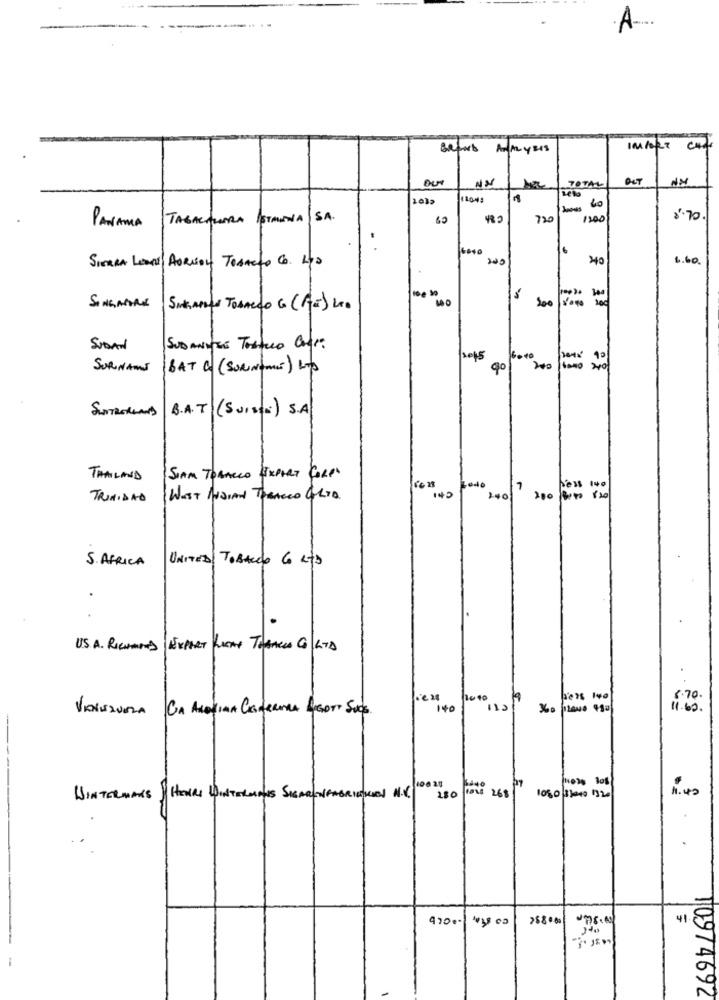
A
Bebors
ANALY BIS
OUI
DET
TOTAL
2010
60
PANAMA TABACALERA ISTMINA SA.
60
720
1200
'70
SIERRA LEONE/ AORION TOBACTO CO. LTD
20
40
6.60
200
==
SINGAPORE | SIN, And TOBACCO G (AT) LED
SUDAN
SUDANVES Tostuco Cere
2015
SURINAME
BAT C (SURNAMES) LTD
90
200
SurTRORLAND
B.A.T (SUIS) S.A
THAILAND
SIAM TOBACCO EXPERT COLD"
Ledo
7
less
TRINIDAD
WEST INDIAN TOBACCO GLID
1401
200 8000 120
S. AFRICA
UNITED TOBACCO Co LTD
US. A. RICHMOND| EXPERT WAY TOBACCA CO LTD
1040
19
6.70.
VENEZUELA CA ACETINA GENERARA POGOTT SUCS.
140
11.60.
280
1o1
1. 40
WINTERMANS HOURS WINTERMAIS SIGARENFABRIEKCION N.C.
note 268
1080/13000 1320
4700- 3 00
41
10974692